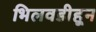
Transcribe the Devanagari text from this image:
भिलवडीहून